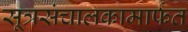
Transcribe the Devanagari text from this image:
सूत्रसंचालकामार्फत